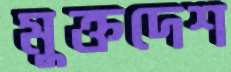
মুক্তদেশ